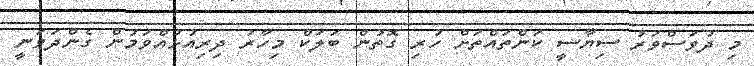
މި ދުވަސްވަރު ސިޔާސީ ކަންތައްތަށް ހުރި ގޮތުން ބަލަކް މިހާރު ދިރިއުޅުއްވަމުން ގެންދަވަނީ